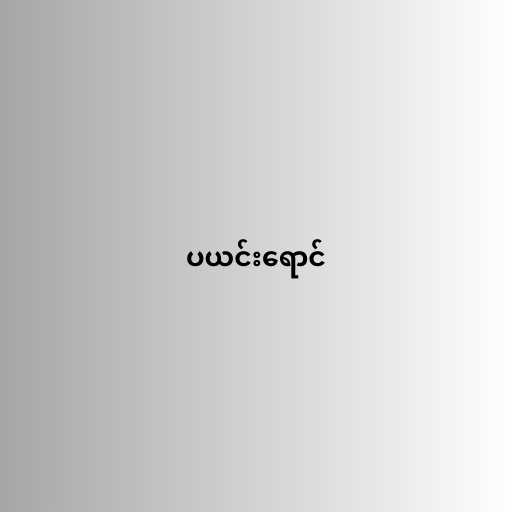
ပယင်းရောင်